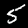
Label: 5